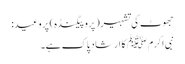
جھوٹ کی تشہیر( پروپیگنڈہ) پر وعید:
نبی اکرمﷺ کا ارشاد پاک ہے۔